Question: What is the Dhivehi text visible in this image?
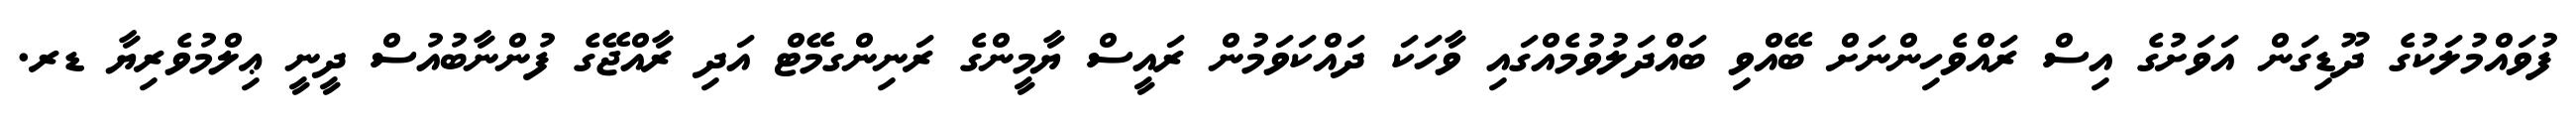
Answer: ފުވައްމުލަކުގެ ދޫޑިގަން އަވަށުގެ އިސް ރައްވެހިންނަށް ބޭއްވި ބައްދަލުވުމެއްގައި ވާހަކަ ދައްކަވަމުން ރައީސް ޔާމީންގެ ރަނިންގމޭޓް އަދި ރާއްޖޭގެ ފުންނާބުއުސް ދީނީ ޢިލްމުވެރިޔާ ޑރ.